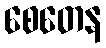
စေတေန